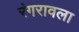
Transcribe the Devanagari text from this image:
रंगरावला